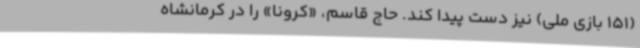
(151 بازی ملی) نیز دست پیدا کند. حاج قاسم، «کرونا» را در کرمانشاه